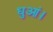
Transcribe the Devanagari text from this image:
धुआं।